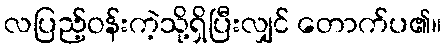
လပြည့်ဝန်းကဲ့သို့ရှိပြီးလျှင် တောက်ပ၏။